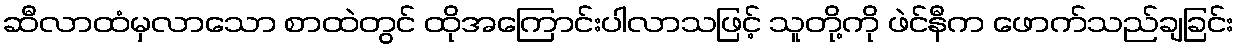
ဆီလာထံမှလာသော စာထဲတွင် ထိုအကြောင်းပါလာသဖြင့် သူတို့ကို ဖဲင်နီက ဖောက်သည်ချခြင်း